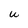
Character: U